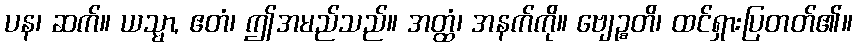
ပန၊ ဆက်။ ယသ္မာ, ဧတံ၊ ဤအမည်သည်။ အတ္ထံ၊ အနက်ကို။ ဗျေဉ္စတိ၊ ထင်ရှားပြတတ်၏။